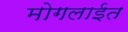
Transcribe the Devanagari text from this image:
मोगलाईत